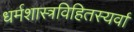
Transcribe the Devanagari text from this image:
धर्मशास्त्रविहितस्यर्वा